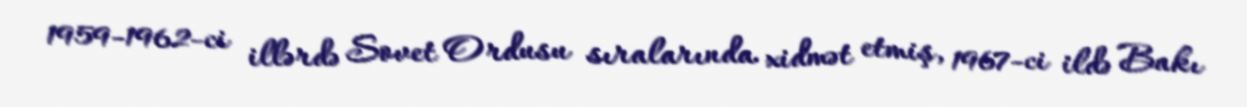
1959-1962-ci illərdə Sovet Ordusu sıralarında xidmət etmiş, 1967-ci ildə Bakı